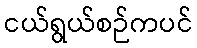
ငယ်ရွယ်စဉ်ကပင်